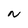
Character: N